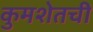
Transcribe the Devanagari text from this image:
कुमशेतची